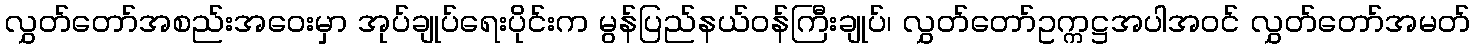
လွှတ်တော်အစည်းအဝေးမှာ အုပ်ချုပ်ရေးပိုင်းက မွန်ပြည်နယ်ဝန်ကြီးချုပ်၊ လွှတ်တော်ဥက္ကဋ္ဌအပါအဝင် လွှတ်တော်အမတ်